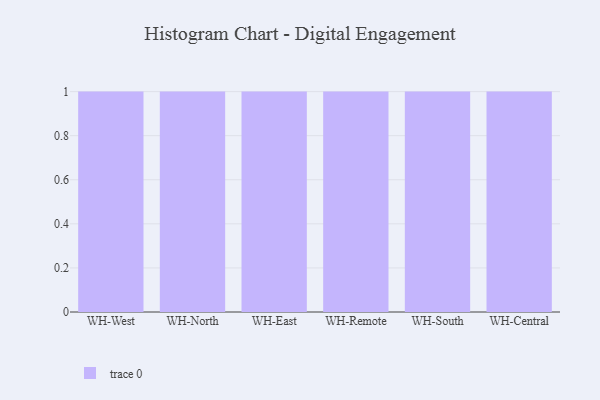
{"axis": {"x": "Warehouse", "y": "Headcount"}, "legend": [""], "data": [{"x": "WH-West", "y": 44, "type": ""}, {"x": "WH-North", "y": 98, "type": ""}, {"x": "WH-East", "y": 97, "type": ""}, {"x": "WH-Remote", "y": 49, "type": ""}, {"x": "WH-South", "y": 69, "type": ""}, {"x": "WH-Central", "y": 66, "type": ""}]}